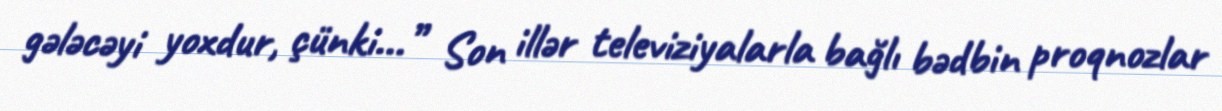
gələcəyi yoxdur, çünki...” Son illər televiziyalarla bağlı bədbin proqnozlar